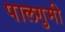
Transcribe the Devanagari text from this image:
पालगुमी